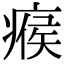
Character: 瘊